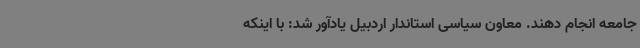
جامعه انجام دهند. معاون سیاسی استاندار اردبیل یادآور شد: با اینکه